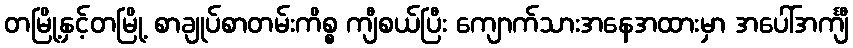
တမြို့နှင့်တမြို့ စာချုပ်စာတမ်းကိစ္စ ကျီစယ်ပြီး ကျောက်သားအနေအထားမှာ အပေါ်အင်္ကျီ